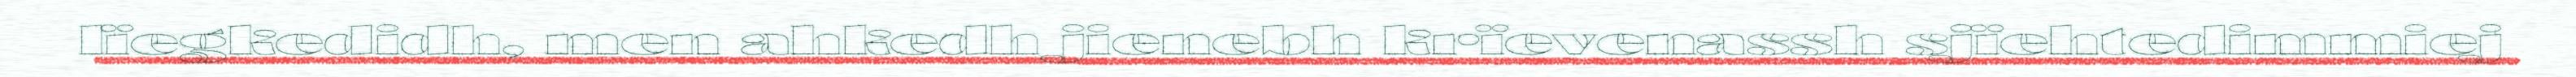
lïegkedidh, men ahkedh jienebh krïevenassh sjïehtedimmiej